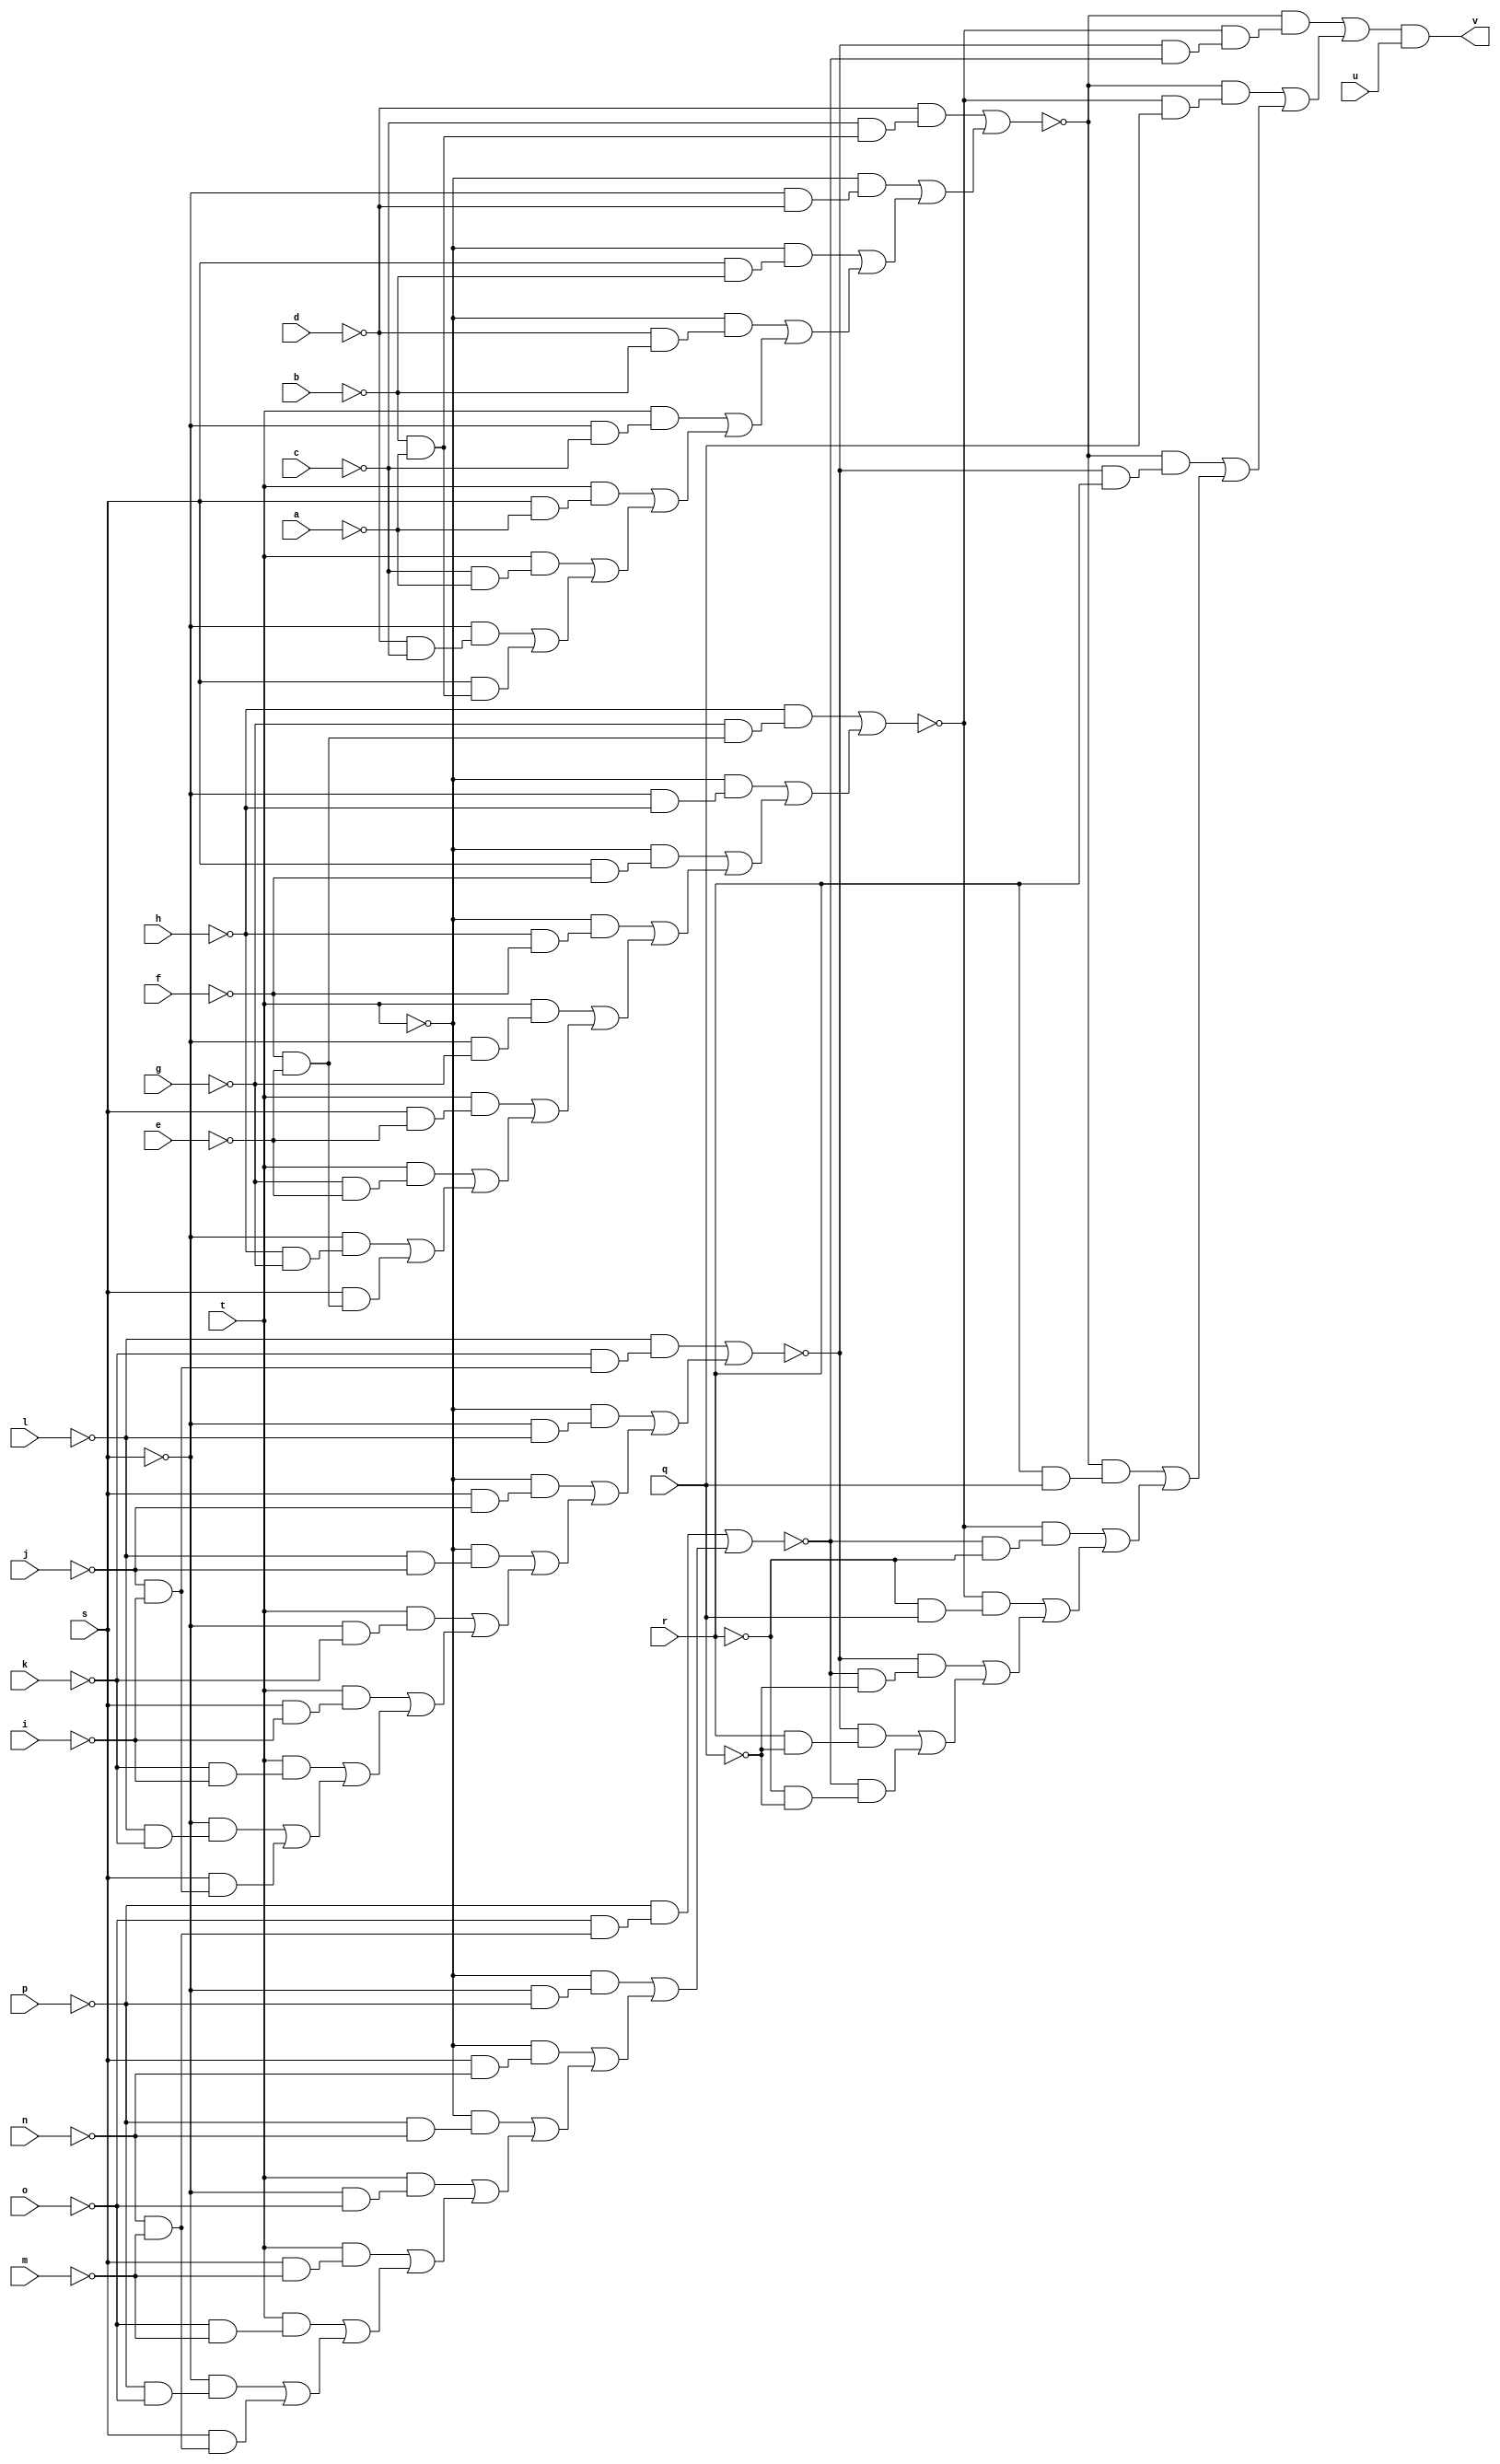
// IWLS benchmark module "mux" printed on Wed May 29 17:27:52 2002
module mux(a, b, c, d, e, f, g, h, i, j, k, l, m, n, o, p, q, r, s, t, u, v);
input
  a,
  b,
  c,
  d,
  e,
  f,
  g,
  h,
  i,
  j,
  k,
  l,
  m,
  n,
  o,
  p,
  q,
  r,
  s,
  t,
  u;
output
  v;
wire
  e0,
  f0,
  g0,
  \[0] ,
  j0,
  b0;
assign
  e0 = (~l & (~k & (~j & ~i))) | ((~t & (~s & ~l)) | ((~t & (s & ~j)) | ((~t & (~l & ~j)) | ((t & (~s & ~k)) | ((t & (s & ~i)) | ((t & (~k & ~i)) | ((~s & (~l & ~k)) | (s & (~j & ~i))))))))),
  f0 = (~h & (~g & (~f & ~e))) | ((~t & (~s & ~h)) | ((~t & (s & ~f)) | ((~t & (~h & ~f)) | ((t & (~s & ~g)) | ((t & (s & ~e)) | ((t & (~g & ~e)) | ((~s & (~h & ~g)) | (s & (~f & ~e))))))))),
  g0 = (~d & (~c & (~b & ~a))) | ((~t & (~s & ~d)) | ((~t & (s & ~b)) | ((~t & (~d & ~b)) | ((t & (~s & ~c)) | ((t & (s & ~a)) | ((t & (~c & ~a)) | ((~s & (~d & ~c)) | (s & (~b & ~a))))))))),
  \[0]  = j0 & u,
  j0 = (~g0 & (~f0 & (~e0 & ~b0))) | ((~g0 & (~f0 & q)) | ((~g0 & (~e0 & r)) | ((~g0 & (r & q)) | ((~f0 & (~b0 & ~r)) | ((~f0 & (~r & q)) | ((~e0 & (~b0 & ~q)) | ((~e0 & (r & ~q)) | (~b0 & (~r & ~q))))))))),
  v = \[0] ,
  b0 = (~p & (~o & (~n & ~m))) | ((~t & (~s & ~p)) | ((~t & (s & ~n)) | ((~t & (~p & ~n)) | ((t & (~s & ~o)) | ((t & (s & ~m)) | ((t & (~o & ~m)) | ((~s & (~p & ~o)) | (s & (~n & ~m)))))))));
endmodule